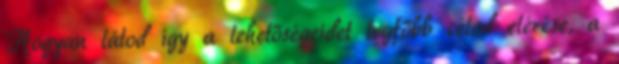
Hogyan látod így a lehetőségeidet legfőbb célod elérése, a